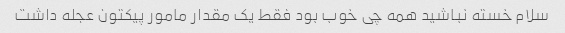
سلام خسته نباشید همه چی خوب بود فقط یک مقدار مامور پیکتون عجله داشت